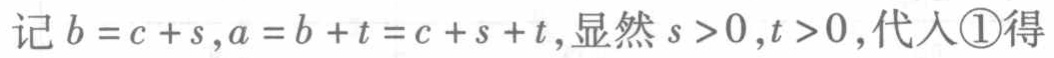
记 \(b = c + s,a = b + t = c + s + t\),显然 \(s > 0,t > 0\),代入\textcircled{1}得